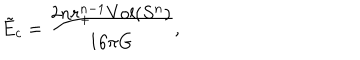
\tilde { E } _ { c } = \frac { 2 n r _ { + } ^ { n - 1 } \mathrm { V o l } ( S ^ { n } ) } { 1 6 \pi G } ,